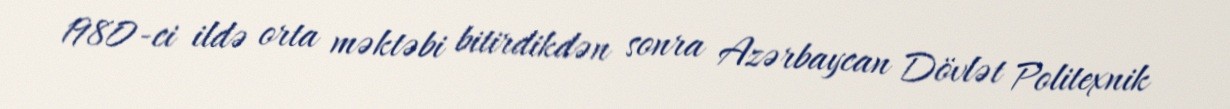
1980-ci ildə orta məktəbi bitirdikdən sonra Azərbaycan Dövlət Politexnik